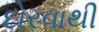
દોરવાથી